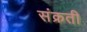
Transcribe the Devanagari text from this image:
संक्रती